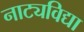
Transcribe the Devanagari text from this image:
नाट्यविद्या